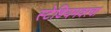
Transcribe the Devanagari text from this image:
स्टेडियमवरचा